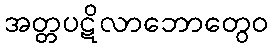
အတ္တပဋိလာဘောတွေဝ